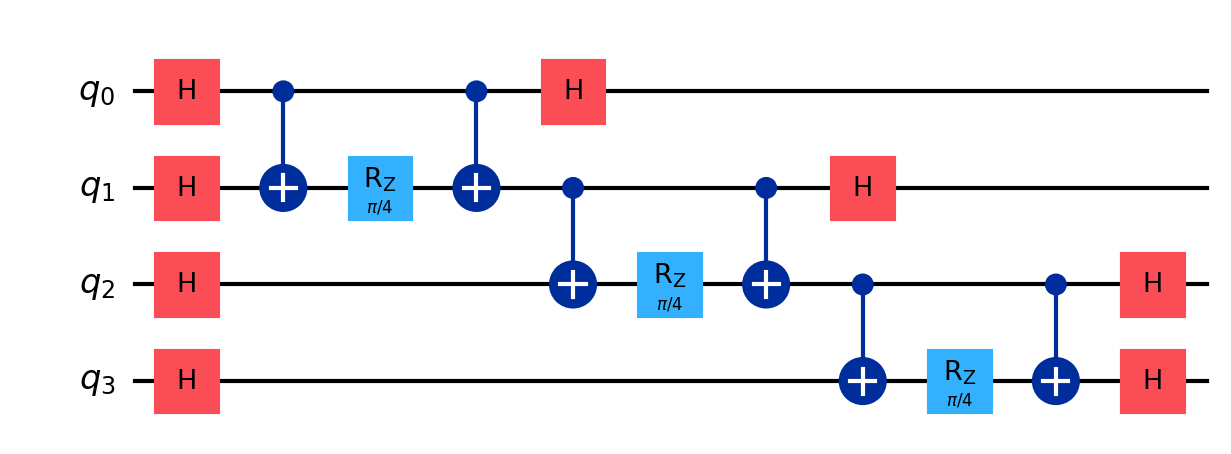
Description: IQP encoding: H-ZZ interaction-H
描述: IQP编码：H-ZZ交互-H
Category: quantum_ml (difficulty: intermediate)
Qubits: 4, circuit depth: 11

Braket implementation:
import math
from braket.circuits import Circuit
circuit = Circuit()
for i in range(4):
    circuit.h(i)
for i in range(3):
    circuit.cnot(i, i + 1)
    circuit.rz(i + 1, math.pi / 4)
    circuit.cnot(i, i + 1)
for i in range(4):
    circuit.h(i)